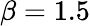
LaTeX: \beta=1.5